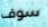
سوف